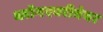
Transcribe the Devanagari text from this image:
ब्लॉगएवरीवेयर